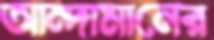
আন্দামানের